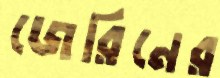
জেরিনের